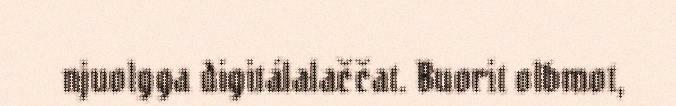
njuolgga digitálalaččat. Buorit olbmot,